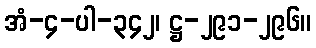
အံ-၄-ပါ-၃၄၂၊ ဋ္ဌ-၂၉၁-၂၉၆။